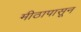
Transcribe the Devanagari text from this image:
मीठापासून